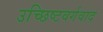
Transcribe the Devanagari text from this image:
उच्छिष्टवर्गवाद